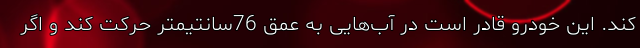
کند. این خودرو قادر است در آب‌هایی به عمق 76سانتیمتر حرکت کند و اگر